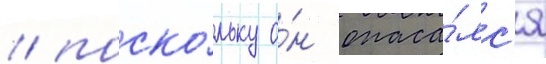
/ поско́льку о́н опаса́лс'я